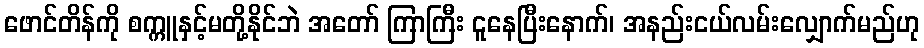
ဖောင်တိန်ကို စက္ကူနှင့်မတို့နိုင်ဘဲ အတော် ကြာကြီး ငူနေပြီးနောက်၊ အနည်းငယ်လမ်းလျှောက်မည်ဟု